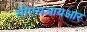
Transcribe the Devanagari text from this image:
सीएसआयआर